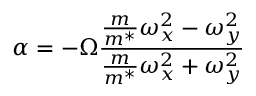
\alpha = - \Omega \frac { \frac { m } { m ^ { * } } \omega _ { x } ^ { 2 } - \omega _ { y } ^ { 2 } } { \frac { m } { m ^ { * } } \omega _ { x } ^ { 2 } + \omega _ { y } ^ { 2 } }